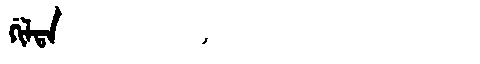
Manchu: ᡤᡳᠯᡨᠠ
Romanization: GILTA